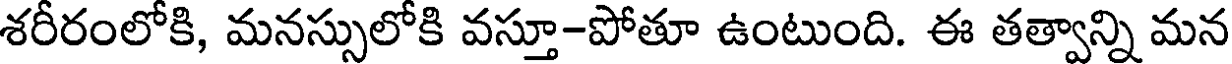
శరీరంలోకి, మనస్సులోకి వస్తూ-పోతూ ఉంటుంది. ఈ తత్వాన్ని మన